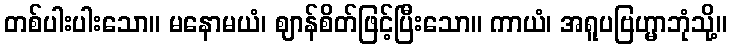
တစ်ပါးပါးသော။ မနောမယံ၊ ဈာန်စိတ်ဖြင့်ပြီးသော။ ကာယံ၊ အရူပဗြဟ္မာဘုံသို့။